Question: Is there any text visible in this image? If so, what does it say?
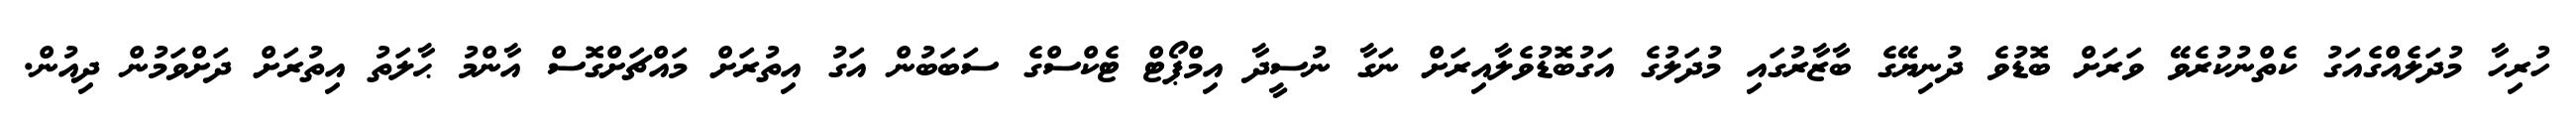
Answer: ހުރިހާ މުދަލެއްގެއަގު ކެތްނުކުރެވޭ ވަރަށް ބޮޑުވެ ދުނިޔޭގެ ބާޒާރުގައި މުދަލުގެ އަގުބޮޑުވެލާއިރަށް ނަގާ ނުސީދާ އިމްޕޯޓް ޓެކްސްގެ ސަބަބުން އަގު އިތުރަށް މައްޗަށްގޮސް އާންމު ޙާލަތު އިތުރަށް ދަށްވަމުން ދިއުން.